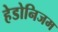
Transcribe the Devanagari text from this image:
हेडोनिजम